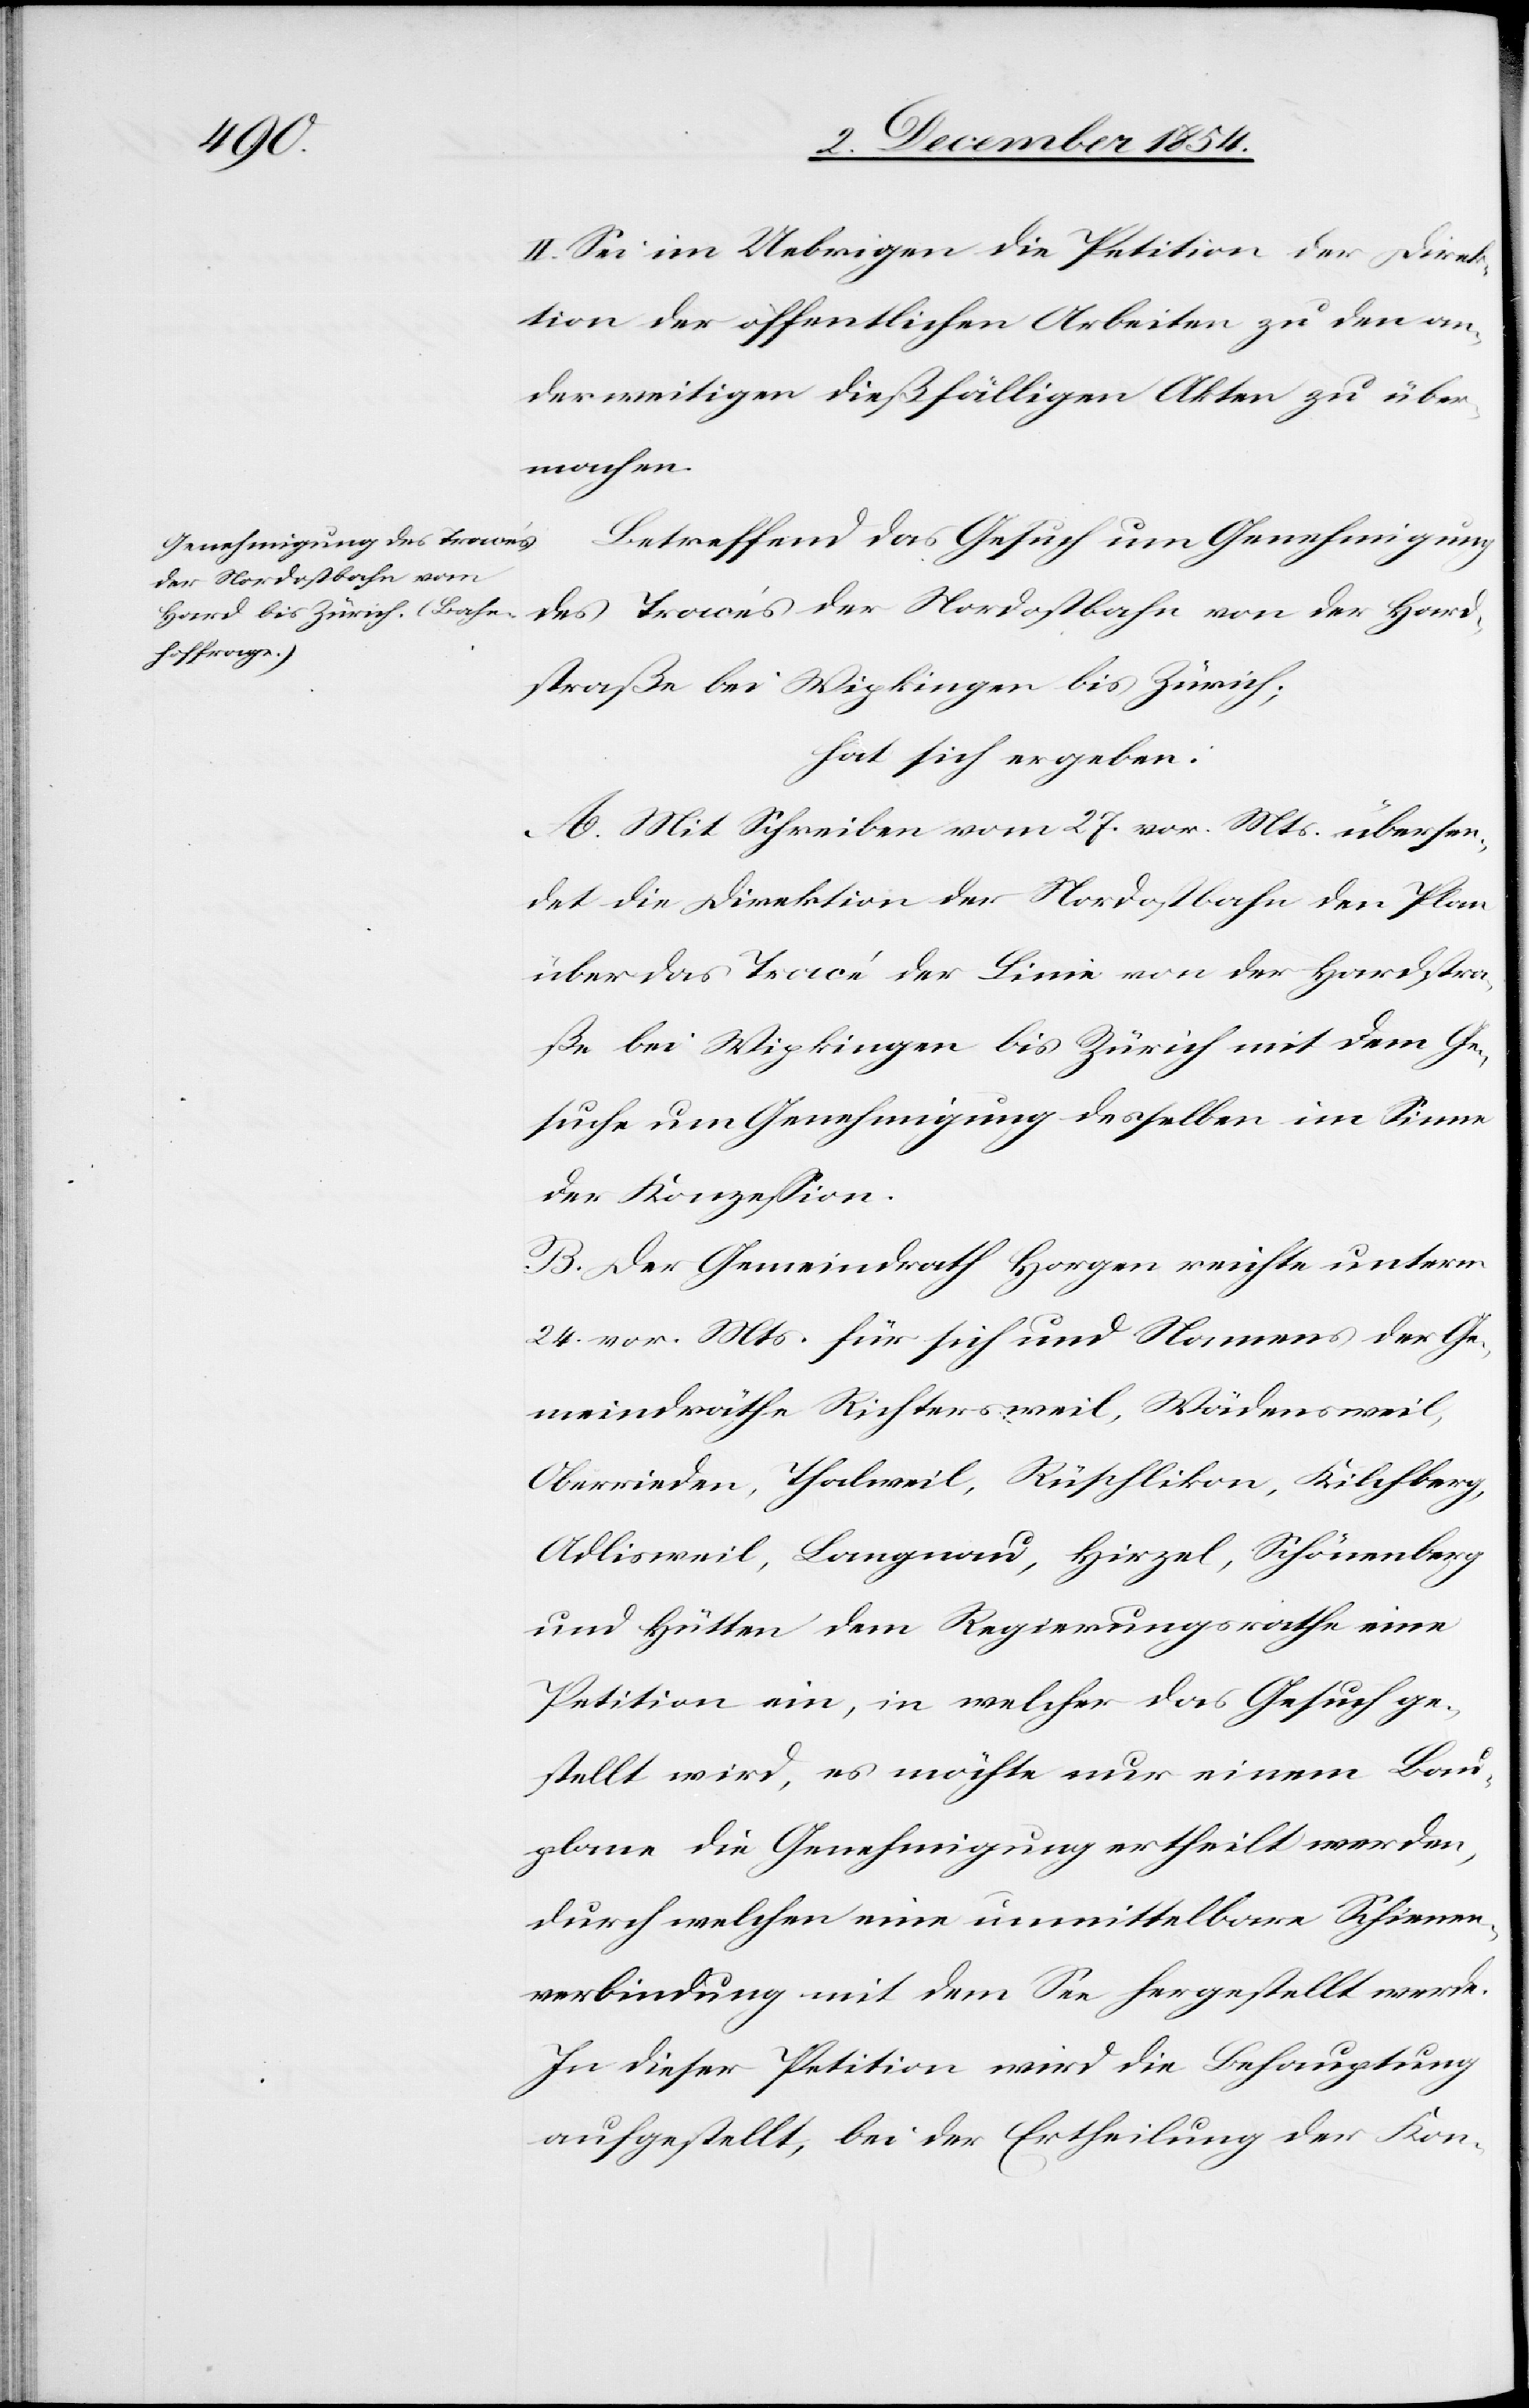
II. Sei im Uebrigen die Petition der Direk¬
tion der öffentlichen Arbeiten zu den an¬
derweitigen dießfälligen Akten zu über¬
machen.
Betreffend das Gesuch um Genehmigung
des Tracés der Nordostbahn von der Hard¬
straße bei Wipkingen bis Zürich;
hat sich ergeben:
A. Mit Schreiben vom 27. vor. Mts. übersen¬
det die Direktion der Nordostbahn den Plan
über das Tracé der Linie von der Hardstra¬
ße bei Wipkingen bis Zürich mit dem Ge¬
suche um Genehmigung desselben im Sinne
der Konzeßion.
B. Der Gemeindrath Horgen reichte unterm
24. vor. Mts. für sich und Namens der Ge¬
meindräthe Richtersweil, Wädensweil,
Oberrieden, Thalweil, Rüschlikon, Kilchberg,
Adlisweil, Langnau, Hirzel, Schönenberg
und Hütten dem Regierungsrathe eine
Petition ein, in welcher das Gesuch ge¬
stellt wird, es möchte nur einem Bau¬
plane die Genehmigung ertheilt werden,
durch welchen eine unmittelbare Schienen¬
verbindung mit dem See hergestellt werde.
In dieser Petition wird die Behauptung
aufgestellt, bei der Ertheilung der Kon-